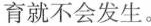
育就不会发生。